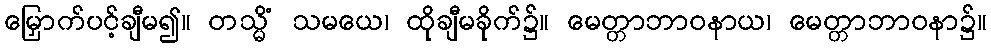
မြှောက်ပင့်ချီမ၍။ တသ္မိံ သမယေ၊ ထိုချီမခိုက်၌။ မေတ္တာဘာဝနာယ၊ မေတ္တာဘာဝနာ၌။